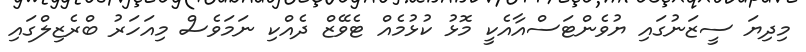
މިދިޔަ ސީޒަނުގައި ޔުވެންޓަސްއާއެކީ މޮޅު ކުޅުމެއް ޓެވޭޒް ދެއްކި ނަމަވެސް މިއަހަރު ބްރެޒިލްގައި